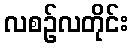
လစဉ်လတိုင်း